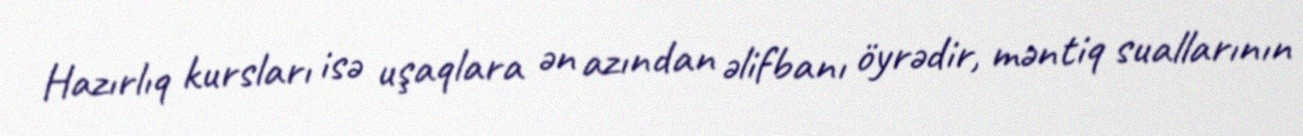
Hazırlıq kursları isə uşaqlara ən azından əlifbanı öyrədir, məntiq suallarının